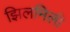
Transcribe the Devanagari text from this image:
झिलमिली